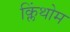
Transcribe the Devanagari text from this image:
क्लिंथोम